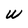
Character: W